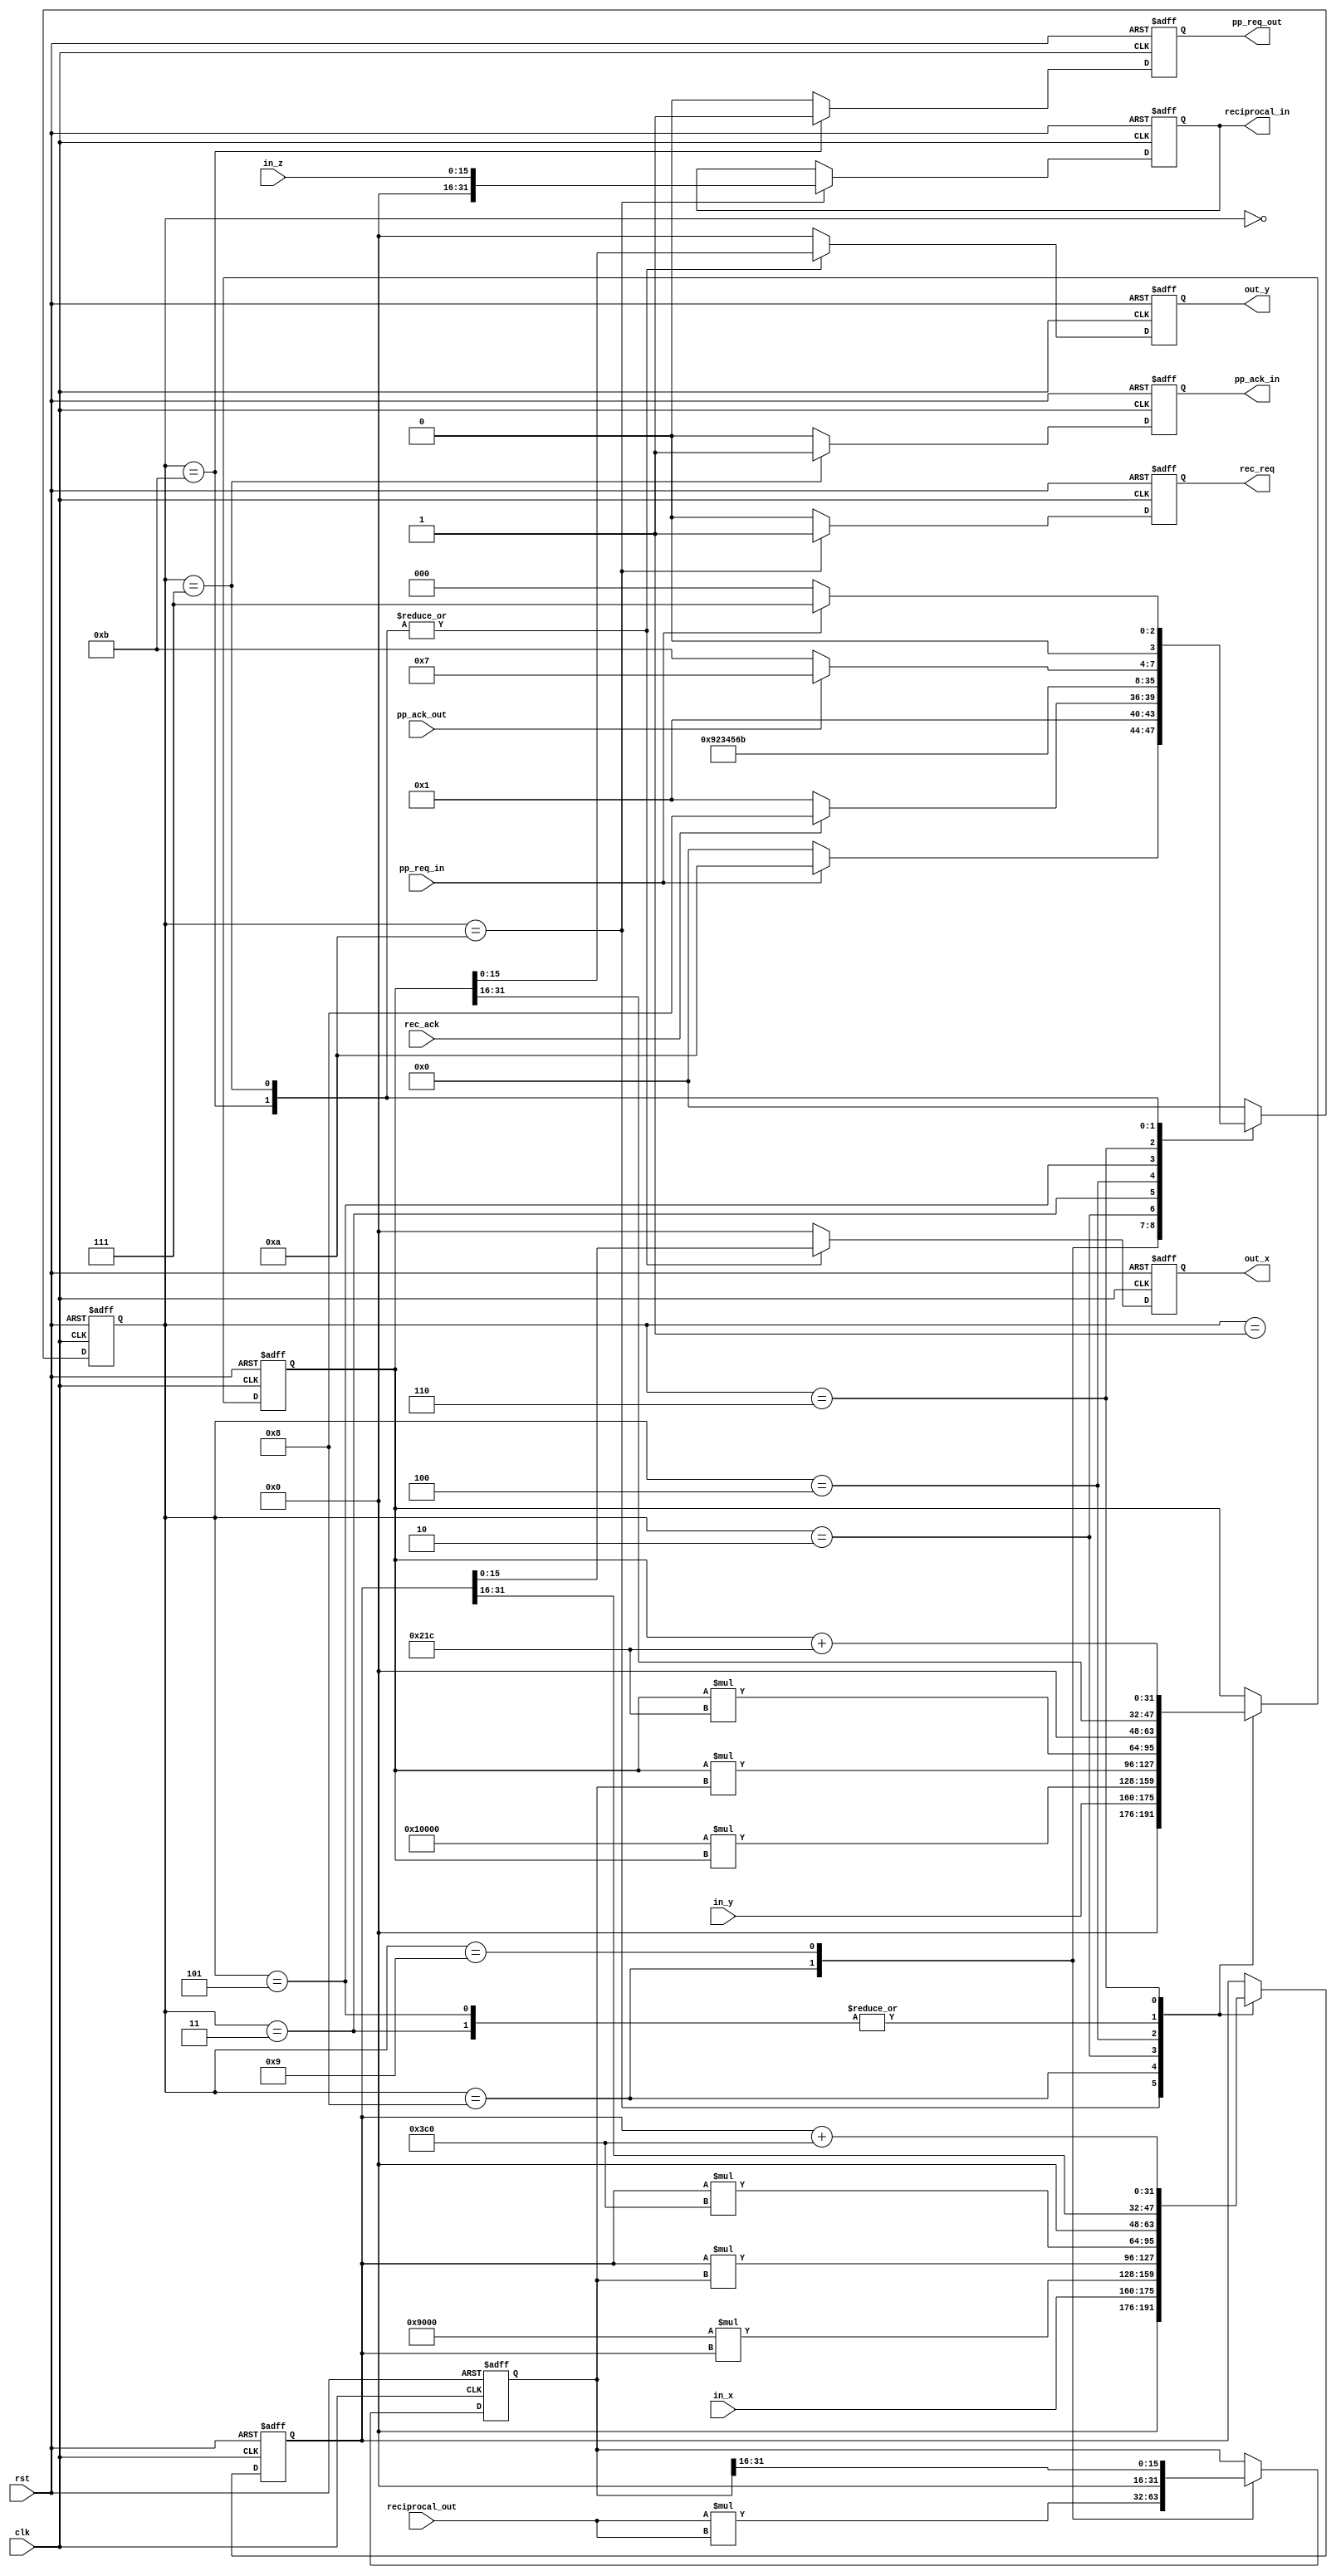
module perspective_projection_fxp(

    input clk,
    input wire rst,
    
    // INPUT HANDSHAKING
    input wire pp_req_in,
    output reg pp_ack_in,
    
    // OUTPUT HANDSHAKING
    input wire pp_ack_out,
    output reg pp_req_out,
    
    // INPUT SIGNALS
    input wire[15:0]in_x,   
    input wire[15:0]in_y,   
    input wire[15:0]in_z,
    
    // RECIPROCAL MODULE HANDSHAKING AND DATA
    input wire rec_ack, 
    output reg rec_req,
    input wire[31:0] reciprocal_out,
    output reg[31:0] reciprocal_in,
    
    // OUTPUT 2D     
    output reg[15:0] out_x,
    output reg[15:0] out_y
    
    
    );
    
    localparam
        START                 = 4'b0000,
        RECIPROCAL_WAIT       = 4'b0001,
        NORMALIZE_COORDINATES = 4'b0010,
        SHIFT_NORMALIZED      = 4'b0011,
        TO_PIXELS             = 4'b0100,
        SHIFT_2D              = 4'b0101,
        APPLY_OFFSET          = 4'b0110,
        FINISH                = 4'b0111, 
        MUL_COEFF             = 4'b1000,  
        SHIFT_RECIPROCAL      = 4'b1001,    
        GET_DATA              = 4'b1010,
        TRIGGER_RASTERIZER    = 4'B1011, 
        FXP_PRECISSION = 16,
        C1 =  9<<<12, 
        C2 =  0,
        C3 =  1 <<<FXP_PRECISSION,
        C4 =  0 <<<FXP_PRECISSION,
        C5 = -2 <<<FXP_PRECISSION,
        C6 = -3 <<<FXP_PRECISSION,
        H  = 960, 
        W  = 540;
         
    reg [3:0] st_reg;
    reg [31:0] normalized_x;
    reg [31:0] normalized_y;
    reg [31:0] normalized_w;
    
    reg [3:0] st_reg_nxt;
    reg [31:0] normalized_x_nxt;
    reg [31:0] normalized_y_nxt;
    reg [31:0] normalized_w_nxt;
    
    reg pp_ack_nxt;
    reg rec_req_nxt;
    reg pp_req_out_nxt;
    
    reg[31:0] out_x_nxt;
    reg[31:0] out_y_nxt;
    reg[31:0] reciprocal_in_nxt;
    
    always@( posedge clk or posedge rst)
    begin
        if( rst == 1) begin
            st_reg           <=0;
            normalized_x     <=0;
            normalized_y     <=0;
            normalized_w     <=0;
            pp_ack_in        <=0;
            rec_req          <=0;      
            out_x            <=0;
            out_y            <=0;
            reciprocal_in    <=0;
            pp_req_out       <=0;
        end
        else
        begin
            st_reg        <= st_reg_nxt;
            normalized_x  <= normalized_x_nxt;
            normalized_y  <= normalized_y_nxt;
            normalized_w  <= normalized_w_nxt;
            pp_ack_in     <= pp_ack_nxt;
            rec_req       <= rec_req_nxt;    
            out_x         <= out_x_nxt[15:0];
            out_y         <= out_y_nxt[15:0];
            reciprocal_in <= reciprocal_in_nxt;
            pp_req_out    <= pp_req_out_nxt;
        end
    
    end
    
    always@*
    begin    
        case( st_reg )
            
            START:                 if( pp_req_in == 1'b1 ) st_reg_nxt = GET_DATA;  
                                   else                    st_reg_nxt = START;                                   
            GET_DATA:                                      st_reg_nxt = RECIPROCAL_WAIT;                      
            RECIPROCAL_WAIT:       if( rec_ack == 1 )      st_reg_nxt  = MUL_COEFF;
                                   else                    st_reg_nxt  = RECIPROCAL_WAIT;
            MUL_COEFF:                                     st_reg_nxt  = SHIFT_RECIPROCAL;
            SHIFT_RECIPROCAL:                              st_reg_nxt  = NORMALIZE_COORDINATES;
            NORMALIZE_COORDINATES:                         st_reg_nxt  = SHIFT_NORMALIZED;
            SHIFT_NORMALIZED:                              st_reg_nxt  = TO_PIXELS;    
            TO_PIXELS:                                     st_reg_nxt  = SHIFT_2D;
            SHIFT_2D:                                      st_reg_nxt  = APPLY_OFFSET;
            APPLY_OFFSET:                                  st_reg_nxt  = TRIGGER_RASTERIZER;
            TRIGGER_RASTERIZER:    if( pp_ack_out == 1 )   st_reg_nxt = FINISH;
                                   else                    st_reg_nxt  = TRIGGER_RASTERIZER; 
            FINISH:
            begin                
                if(pp_req_in == 0 )                        st_reg_nxt  = START;
                else                                       st_reg_nxt  = FINISH;
            end
            default:                st_reg_nxt  = START;
                    
        endcase
    end
    
    
    always@*
    begin
        case( st_reg )
            GET_DATA:
            begin
                normalized_x_nxt     ={ in_x};
                normalized_y_nxt     ={ in_y};
            end
            MUL_COEFF:
            begin
                normalized_x_nxt  = C1*normalized_x;
                normalized_y_nxt  = C3*normalized_y;
            end
            NORMALIZE_COORDINATES:
            begin
                normalized_x_nxt  = normalized_x*normalized_w; 
                normalized_y_nxt  = normalized_y*normalized_w;
            end
            SHIFT_NORMALIZED:
            begin
                normalized_x_nxt  = normalized_x>>>FXP_PRECISSION; 
                normalized_y_nxt  = normalized_y>>>FXP_PRECISSION;   
            end
            TO_PIXELS:
            begin
                normalized_x_nxt  = normalized_x*H;
                normalized_y_nxt  = normalized_y*W;
            end
            SHIFT_2D:
            begin
                normalized_x_nxt  = normalized_x >>> FXP_PRECISSION;
                normalized_y_nxt  = normalized_y >>> FXP_PRECISSION;
            end
            APPLY_OFFSET:
            begin
                normalized_x_nxt  = normalized_x + H;
                normalized_y_nxt  = normalized_y + W;
            end
            default: 
            begin
                normalized_x_nxt  = normalized_x;
                normalized_y_nxt  = normalized_y;
            end
        endcase
    end
    
    // normalized_w controller
    always@*
    begin
        case( st_reg )
            MUL_COEFF:               normalized_w_nxt  = reciprocal_out*reciprocal_out;
            SHIFT_RECIPROCAL:        normalized_w_nxt  = normalized_w >>> FXP_PRECISSION;
            default:                 normalized_w_nxt  = normalized_w;
        endcase
    end
    
    // reciprocal module controller
    always@*
    begin
        case( st_reg )
            GET_DATA: 
            begin
                reciprocal_in_nxt    = in_z;
                rec_req_nxt          = 1;
            end
            default: 
            begin
                reciprocal_in_nxt    = reciprocal_in;
                rec_req_nxt          = 0;
            end
        endcase
    end
    
    // handshaking and output controller
    always@*
    begin
        case( st_reg )
            TRIGGER_RASTERIZER: 
            begin
                pp_req_out_nxt = 1;
                pp_ack_nxt = 0;
                out_x_nxt  = normalized_x;
                out_y_nxt  = normalized_y;
            end
            FINISH: 
            begin
                pp_req_out_nxt = 0;
                pp_ack_nxt = 1;
                out_x_nxt  = normalized_x;
                out_y_nxt  = normalized_y;
            end
            default: 
            begin
                pp_req_out_nxt = 0;
                pp_ack_nxt = 0;
                out_x_nxt  = 0;
                out_y_nxt  = 0;
            end
        endcase
    end

endmodule